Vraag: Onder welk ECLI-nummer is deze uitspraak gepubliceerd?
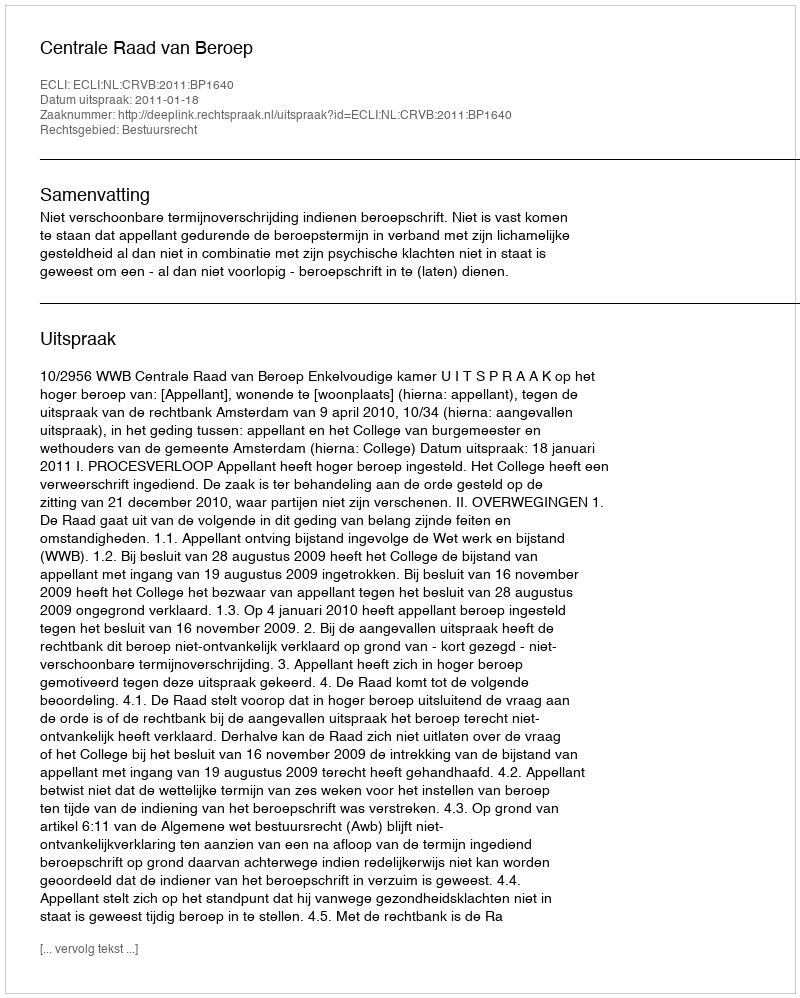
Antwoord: ECLI:NL:CRVB:2011:BP1640